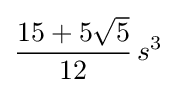
{\frac {15+5{\sqrt {5}}}{12}}\,s^{3}